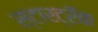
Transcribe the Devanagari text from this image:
स्टारट्रॅक